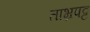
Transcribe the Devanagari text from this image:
ताभ्रपट्ट